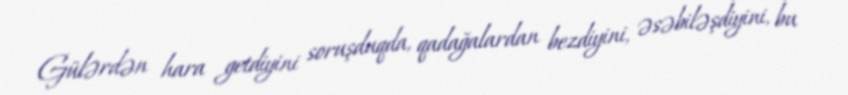
Gülərdən hara getdiyini soruşduqda, qadağalardan bezdiyini, əsəbiləşdiyini, bu